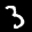
Label: 3